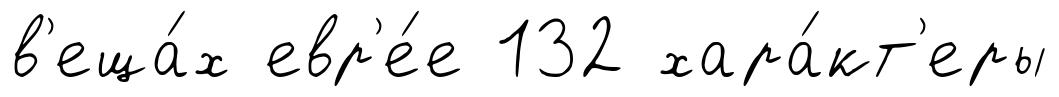
в'еща́х евр'е́е 132 хара́кт'еры